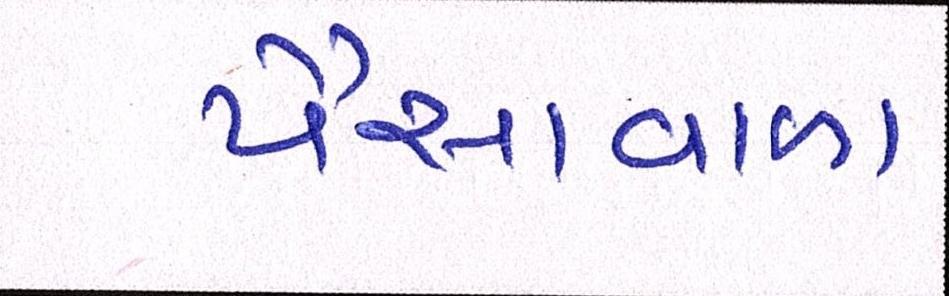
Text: પૈસાવાળા